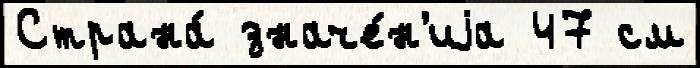
Страна́ значе́н'иjа 47 см